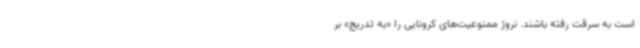
است به سرقت رفته باشند. نروژ ممنوعیت‌های کرونایی را «به تدریج» بر